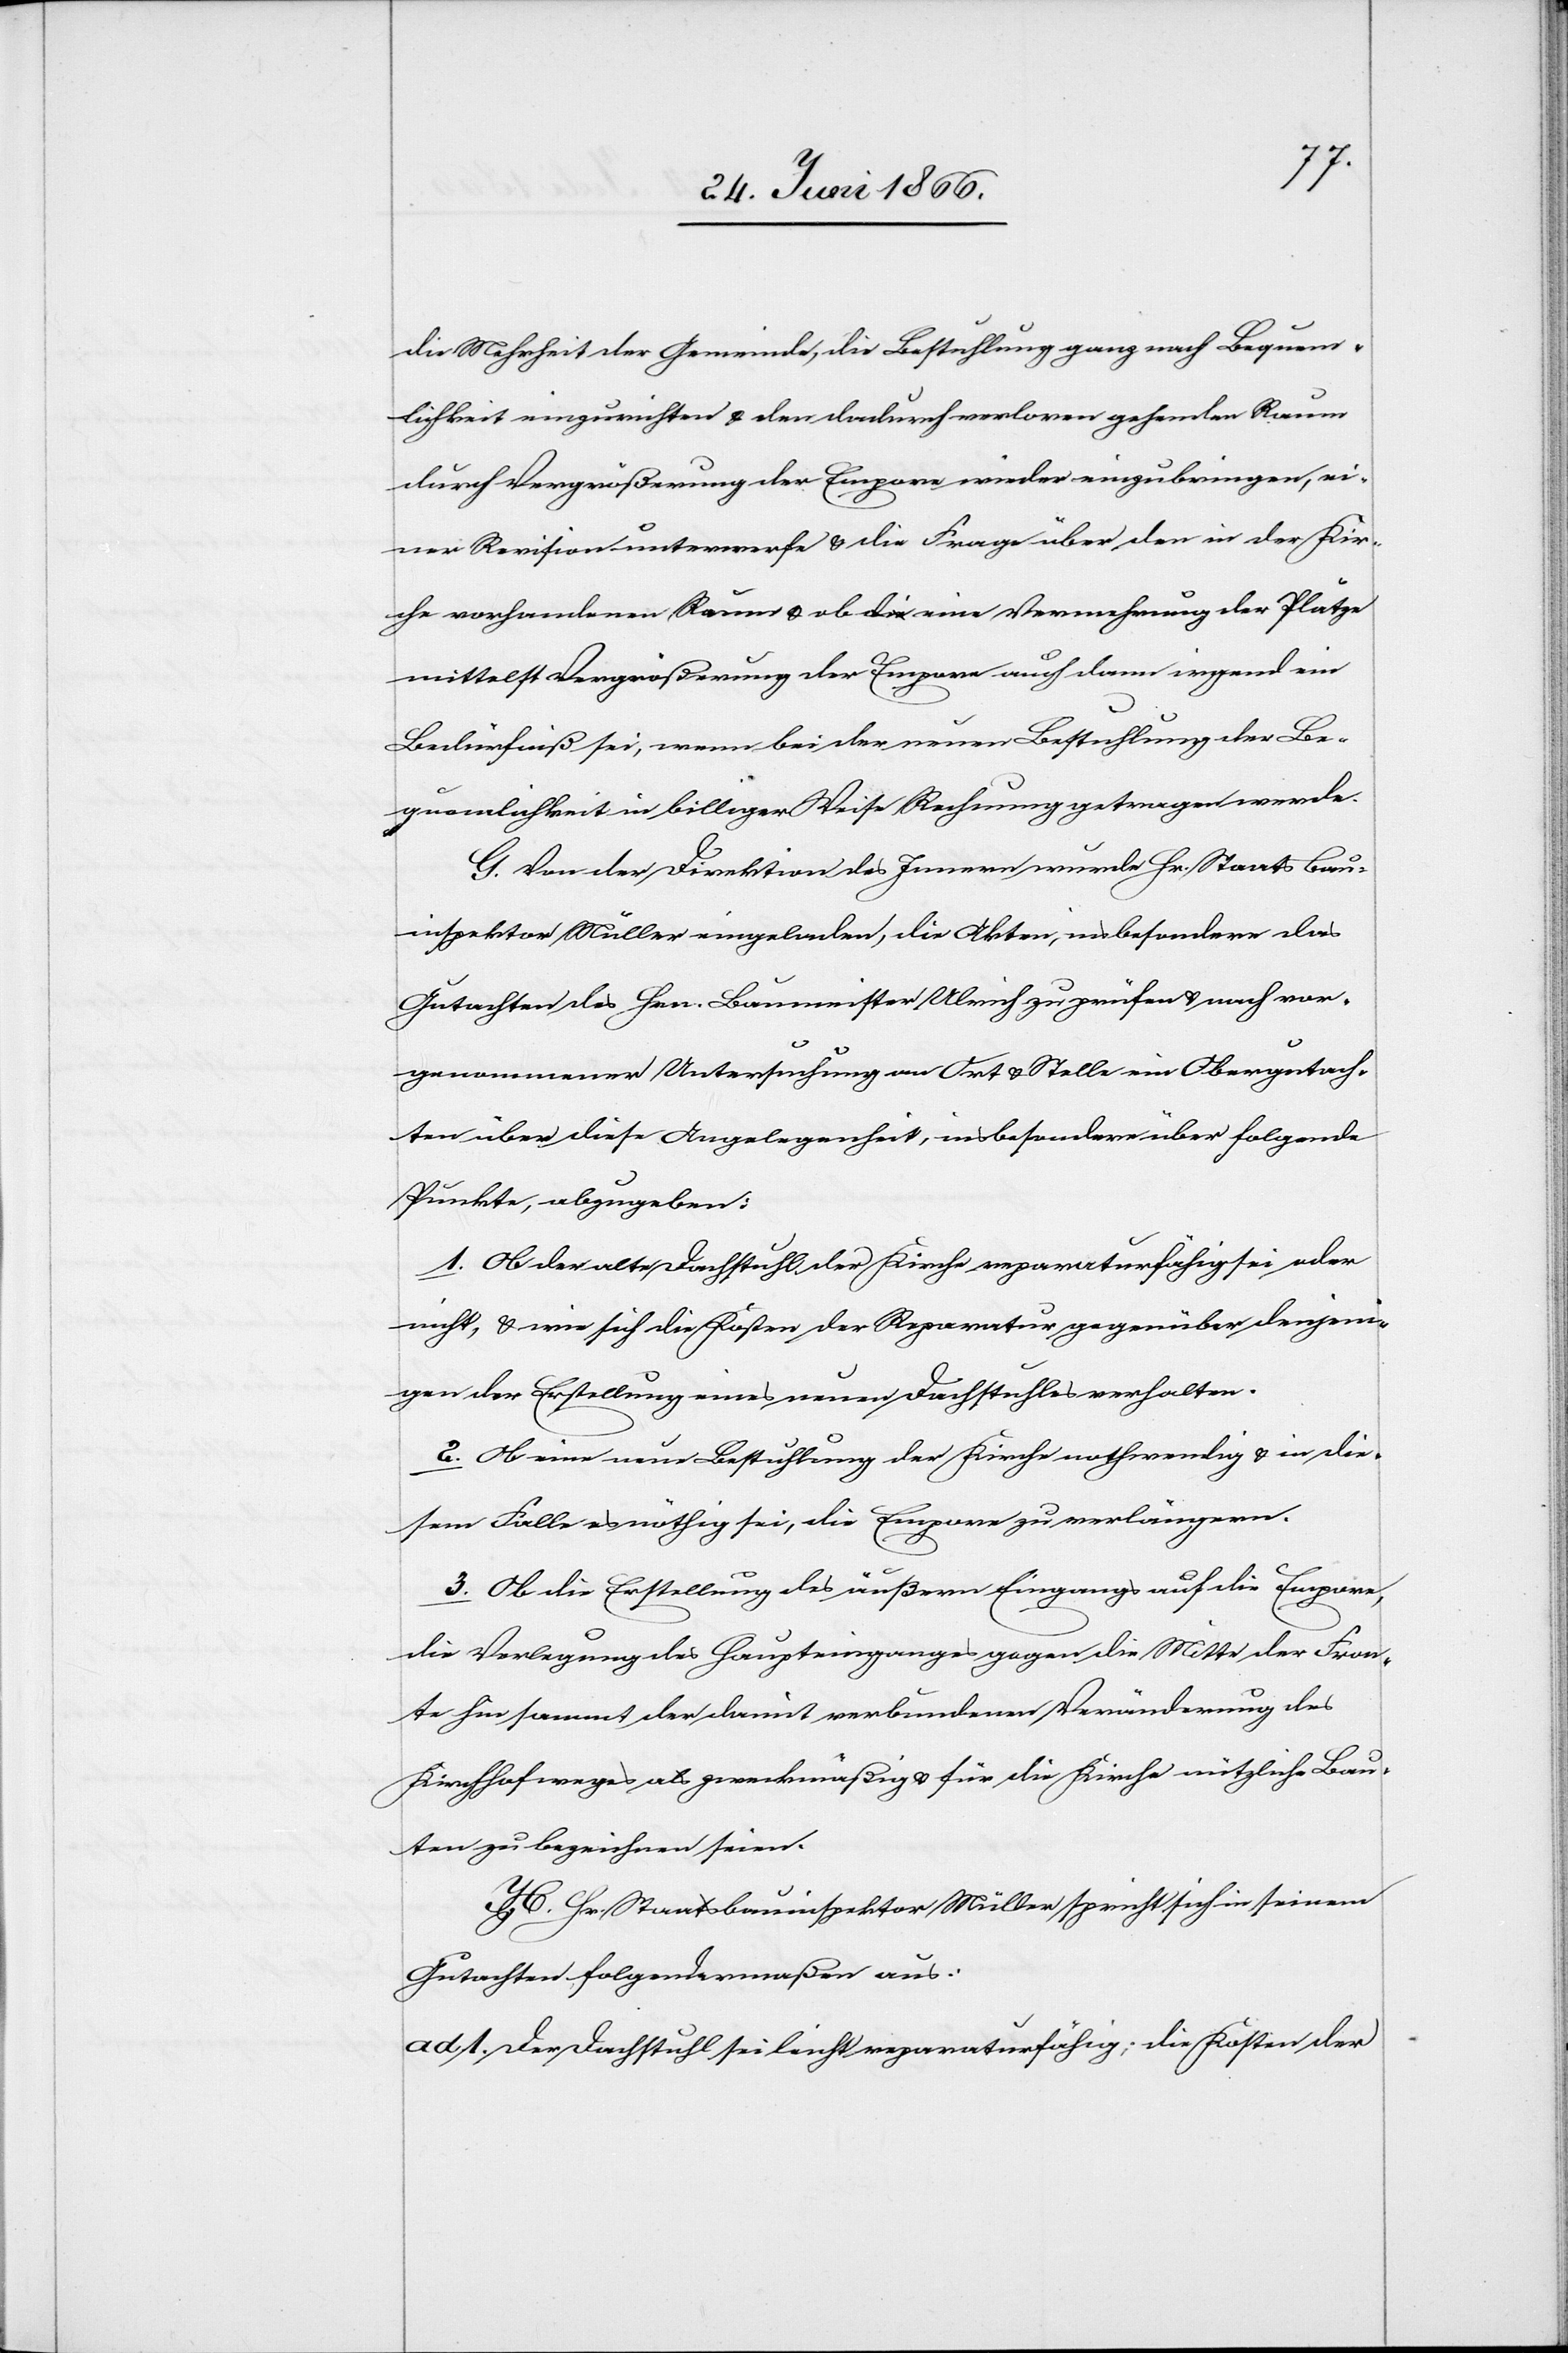
die Mehrheit der Gemeinde, die Bestuhlung ganz nach Bequem¬
lichkeit einzurichten u. den dadurch verloren gehenden Raum
durch Vergrößerung der Empore wieder einzubringen, ei¬
ner Revision unterwerfe u. die Frage über den in der Kir¬
ch vorhandenen Raum u. ob eine Vermehrung der Plätze
mittelst Vergrößerung der Empore auch dann irgend ein
Bedürfniß sei, wenn bei der neuen Bestuhlung der Be¬
quemlichkeit in billiger Weise Rechnung getragen werde.
G. Von der Direktion des Innern wurde Hr. Staatsbau¬
inspektor Müller eingeladen, die Akten, insbesondere das
Gutachten des Hrn. Baumeister Ulrich zu prüfen u. nach vor¬
genommener Untersuchung an Ort u. Stelle ein Obergutach¬
ten über diese Angelegenheit, insbesondere über folgende
Punkte abzugeben:
1. Ob der alte Dachstuhl der Kirche reparaturbedürftig sei oder
nicht, u. wie sich die Kosten der Reparatur gegenüber denjeni¬
gen der Erstellung eines neuen Dachstockes verhalten.
2. Ob eine neue Bestuhlung der Kirch nothwendig u. in die¬
sem Falle es nöthig sei, die Empore zu verlängern.
3. Ob die Erstellung des äußern Eingangs auf die Empore,
die Verlegung des Haupteinganges gegen die Mitte der Fron¬
te hin sammt der damit verbundenen Veränderung des
Kirchhofweges als zweckmäßig u. für die Kirch nützliche Bau¬
ten zu bezeichnen seien.
H. Hr. Staatsbauinspektor Müller spricht sich in seinem
Gutachten folgendermaßen aus:
ad 1. Der Dachstuhl sei leicht reparaturbedürftig; die Kosten der